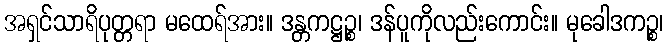
အရှင်သာရိပုတ္တရာ မထေရ်အား။ ဒန္တကဋ္ဌဉ္စ၊ ဒန်ပူကိုလည်းကောင်း။ မုခေါဒကဉ္စ၊